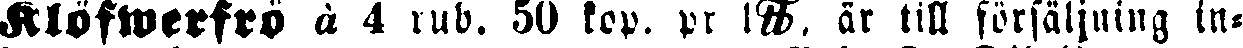
klöfwerfrö à 4 rub. 50 kop. pr tt. är till försäljning in-